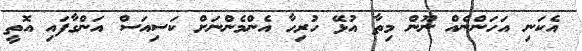
އެކަނި އަހަންނެއް ނޫން މިތާ އުޅޭ ހުރިހާ އެންމެންނަށް ކަސިއަސް އަންގާފައި އޮތީ